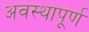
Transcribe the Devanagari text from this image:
अवस्थापूर्ण